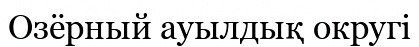
Озёрный ауылдық округі